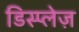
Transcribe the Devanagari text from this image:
डिस्प्लेज़